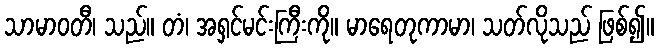
သာမာဝတီ၊ သည်။ တံ၊ အရှင်မင်းကြီးကို။ မာရေတုကာမာ၊ သတ်လိုသည် ဖြစ်၍။